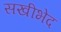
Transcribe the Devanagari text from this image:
सखीभेद